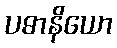
ပဓာနိယော